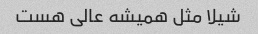
شیلا مثل همیشه عالی هست